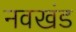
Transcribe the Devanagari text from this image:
नवखंड